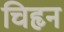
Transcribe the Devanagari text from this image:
चिहृन